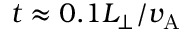
t \approx 0 . 1 L _ { \perp } / v _ { \mathrm { A } }